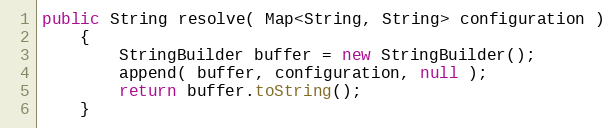
Language: Java
public String resolve( Map<String, String> configuration )
    {
        StringBuilder buffer = new StringBuilder();
        append( buffer, configuration, null );
        return buffer.toString();
    }